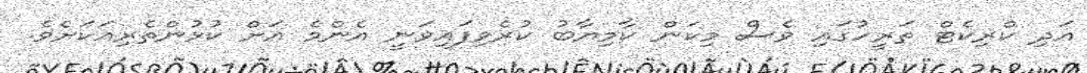
އަދި ކްރިކެޓް ތަރީހުގައި ވެސް މިކަން ކާމިޔާބު ކުރެވިފައިވަނީ އެންމެ އަށް ކުޅުންތެރިއަކަށެވެ.